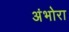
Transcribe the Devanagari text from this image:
अंभोरा